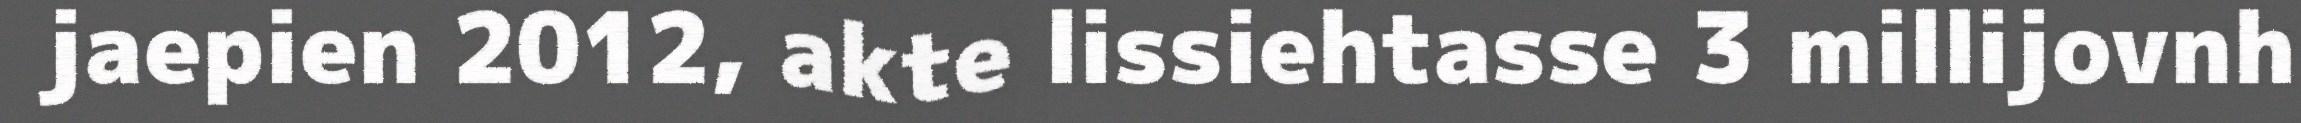
jaepien 2012, akte lissiehtasse 3 millijovnh